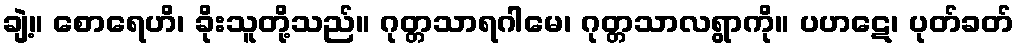
ချဲ့။ စောရေဟိ၊ ခိုးသူတို့သည်။ ဂုတ္တသာရဂါမေ၊ ဂုတ္တသာလရွာကို။ ပဟဋေ၊ ပုတ်ခတ်